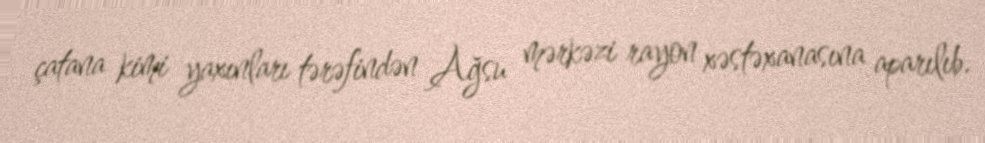
çatana kimi yaxınları tərəfindən Ağsu mərkəzi rayon xəstəxanasına aparılıb.